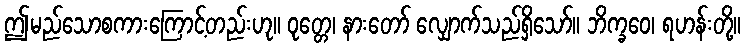
ဤမည်သောစကားကြောင့်တည်းဟု။ ဝုတ္တေ၊ နားတော် လျှောက်သည်ရှိသော်။ ဘိက္ခဝေ၊ ရဟန်းတို့။